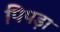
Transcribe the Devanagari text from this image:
पिपड़ा